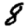
Digit: 8